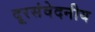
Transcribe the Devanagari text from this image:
दूरसंवेदनीय